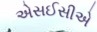
એસઈસીએ